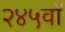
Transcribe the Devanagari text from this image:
२४५वॉ